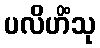
ပလိဟိံသု